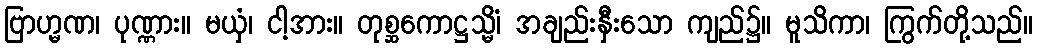
ဗြာဟ္မဏ၊ ပုဏ္ဏား။ မယှံ၊ ငါ့အား။ တုစ္ဆကောဋ္ဌသ္မိံ၊ အချည်းနှီးသော ကျည်၌။ မူသိကာ၊ ကြွက်တို့သည်။